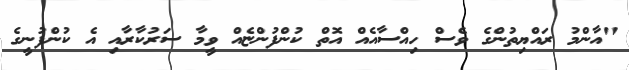
"އާންމު ރައްޔިތުންގެ ވެސް ހިއްސާއެއް އޮތް ކުންފުންޏެއް ވީމާ ސަރުކާރާއި އެ ކުންފުނީގެ